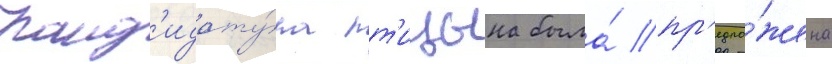
Канд'идату́ра пт'ицына была́ пр'едло́жена